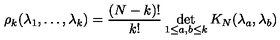
\rho _ { k } ( \lambda _ { 1 } , \ldots , \lambda _ { k } ) = \frac { ( N - k ) ! } { k ! } \det _ { 1 \le a , b \le k } K _ { N } ( \lambda _ { a } , \lambda _ { b } )